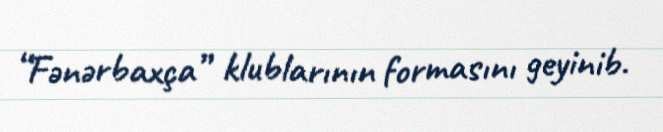
“Fənərbaxça” klublarının formasını geyinib.